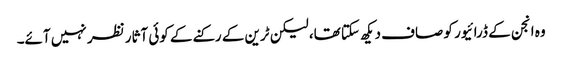
وہ انجن کے ڈرائیور کو صاف دیکھ سکتا تھا، لیکن ٹرین کے رکنے کے کوئی آثار نظر نہیں آئے۔